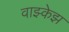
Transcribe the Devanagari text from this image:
वाझ्केझ